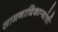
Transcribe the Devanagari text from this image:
सामनाधिकार्‍यांची